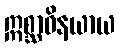
ဣစ္ဆာဝိနယာယ